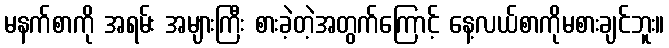
မနက်စာကို အရမ်း အများကြီး စားခဲ့တဲ့အတွက်ကြောင့် နေ့လယ်စာကိုမစားချင်ဘူး။